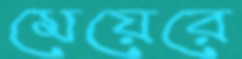
মেয়েরে